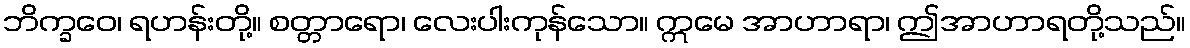
ဘိက္ခဝေ၊ ရဟန်းတို့။ စတ္တာရော၊ လေးပါးကုန်သော။ ဣမေ အာဟာရာ၊ ဤအာဟာရတို့သည်။